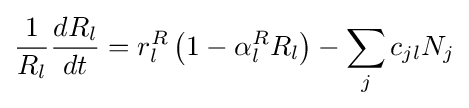
{\frac {1}{R_{l}}}{\frac {dR_{l}}{dt}}=r_{l}^{R}\left(1-\alpha _{l}^{R}R_{l}\right)-\sum _{j}c_{jl}N_{j}